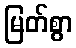
မြတ်စွာ